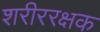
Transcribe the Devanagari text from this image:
शरीररक्षक